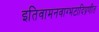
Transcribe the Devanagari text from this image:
इतिवामनवाग्भटादिप्रणीत